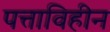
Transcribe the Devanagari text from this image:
पत्ताविहीन